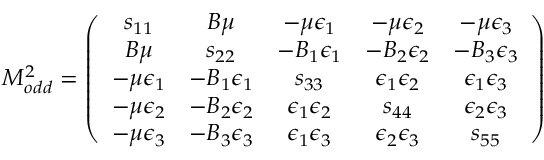
{ \cal M } _ { o d d } ^ { 2 } = \left( \begin{array} { c c c c c } { { s _ { 1 1 } } } & { { B \mu } } & { { - \mu \epsilon _ { 1 } } } & { { - \mu \epsilon _ { 2 } } } & { { - \mu \epsilon _ { 3 } } } \\ { { B \mu } } & { { s _ { 2 2 } } } & { { - B _ { 1 } \epsilon _ { 1 } } } & { { - B _ { 2 } \epsilon _ { 2 } } } & { { - B _ { 3 } \epsilon _ { 3 } } } \\ { { - \mu \epsilon _ { 1 } } } & { { - B _ { 1 } \epsilon _ { 1 } } } & { { s _ { 3 3 } } } & { { \epsilon _ { 1 } \epsilon _ { 2 } } } & { { \epsilon _ { 1 } \epsilon _ { 3 } } } \\ { { - \mu \epsilon _ { 2 } } } & { { - B _ { 2 } \epsilon _ { 2 } } } & { { \epsilon _ { 1 } \epsilon _ { 2 } } } & { { s _ { 4 4 } } } & { { \epsilon _ { 2 } \epsilon _ { 3 } } } \\ { { - \mu \epsilon _ { 3 } } } & { { - B _ { 3 } \epsilon _ { 3 } } } & { { \epsilon _ { 1 } \epsilon _ { 3 } } } & { { \epsilon _ { 2 } \epsilon _ { 3 } } } & { { s _ { 5 5 } } } \end{array} \right)